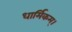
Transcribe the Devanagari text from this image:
धार्मिकम्‌।